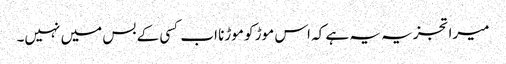
میرا تجزیہ یہ ہے کہ اس موڑ کو موڑنا اب کسی کے بس میں نہیں۔